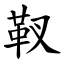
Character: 靫